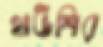
হাউশির